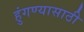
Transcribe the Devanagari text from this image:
हुंगण्यासाठी